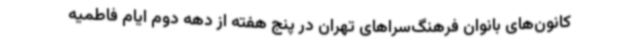
کانون‌های بانوان فرهنگ‌سراهای تهران در پنج هفته از دهه دوم ایام فاطمیه